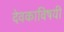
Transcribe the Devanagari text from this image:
देवकाविषयी